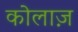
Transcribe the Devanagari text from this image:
कोलाज़